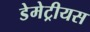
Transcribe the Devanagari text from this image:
डेमेट्रीयस